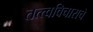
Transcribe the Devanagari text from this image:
तत्त्वविचाराचे